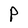
Character: P